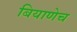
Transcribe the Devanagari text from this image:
बियाणेच